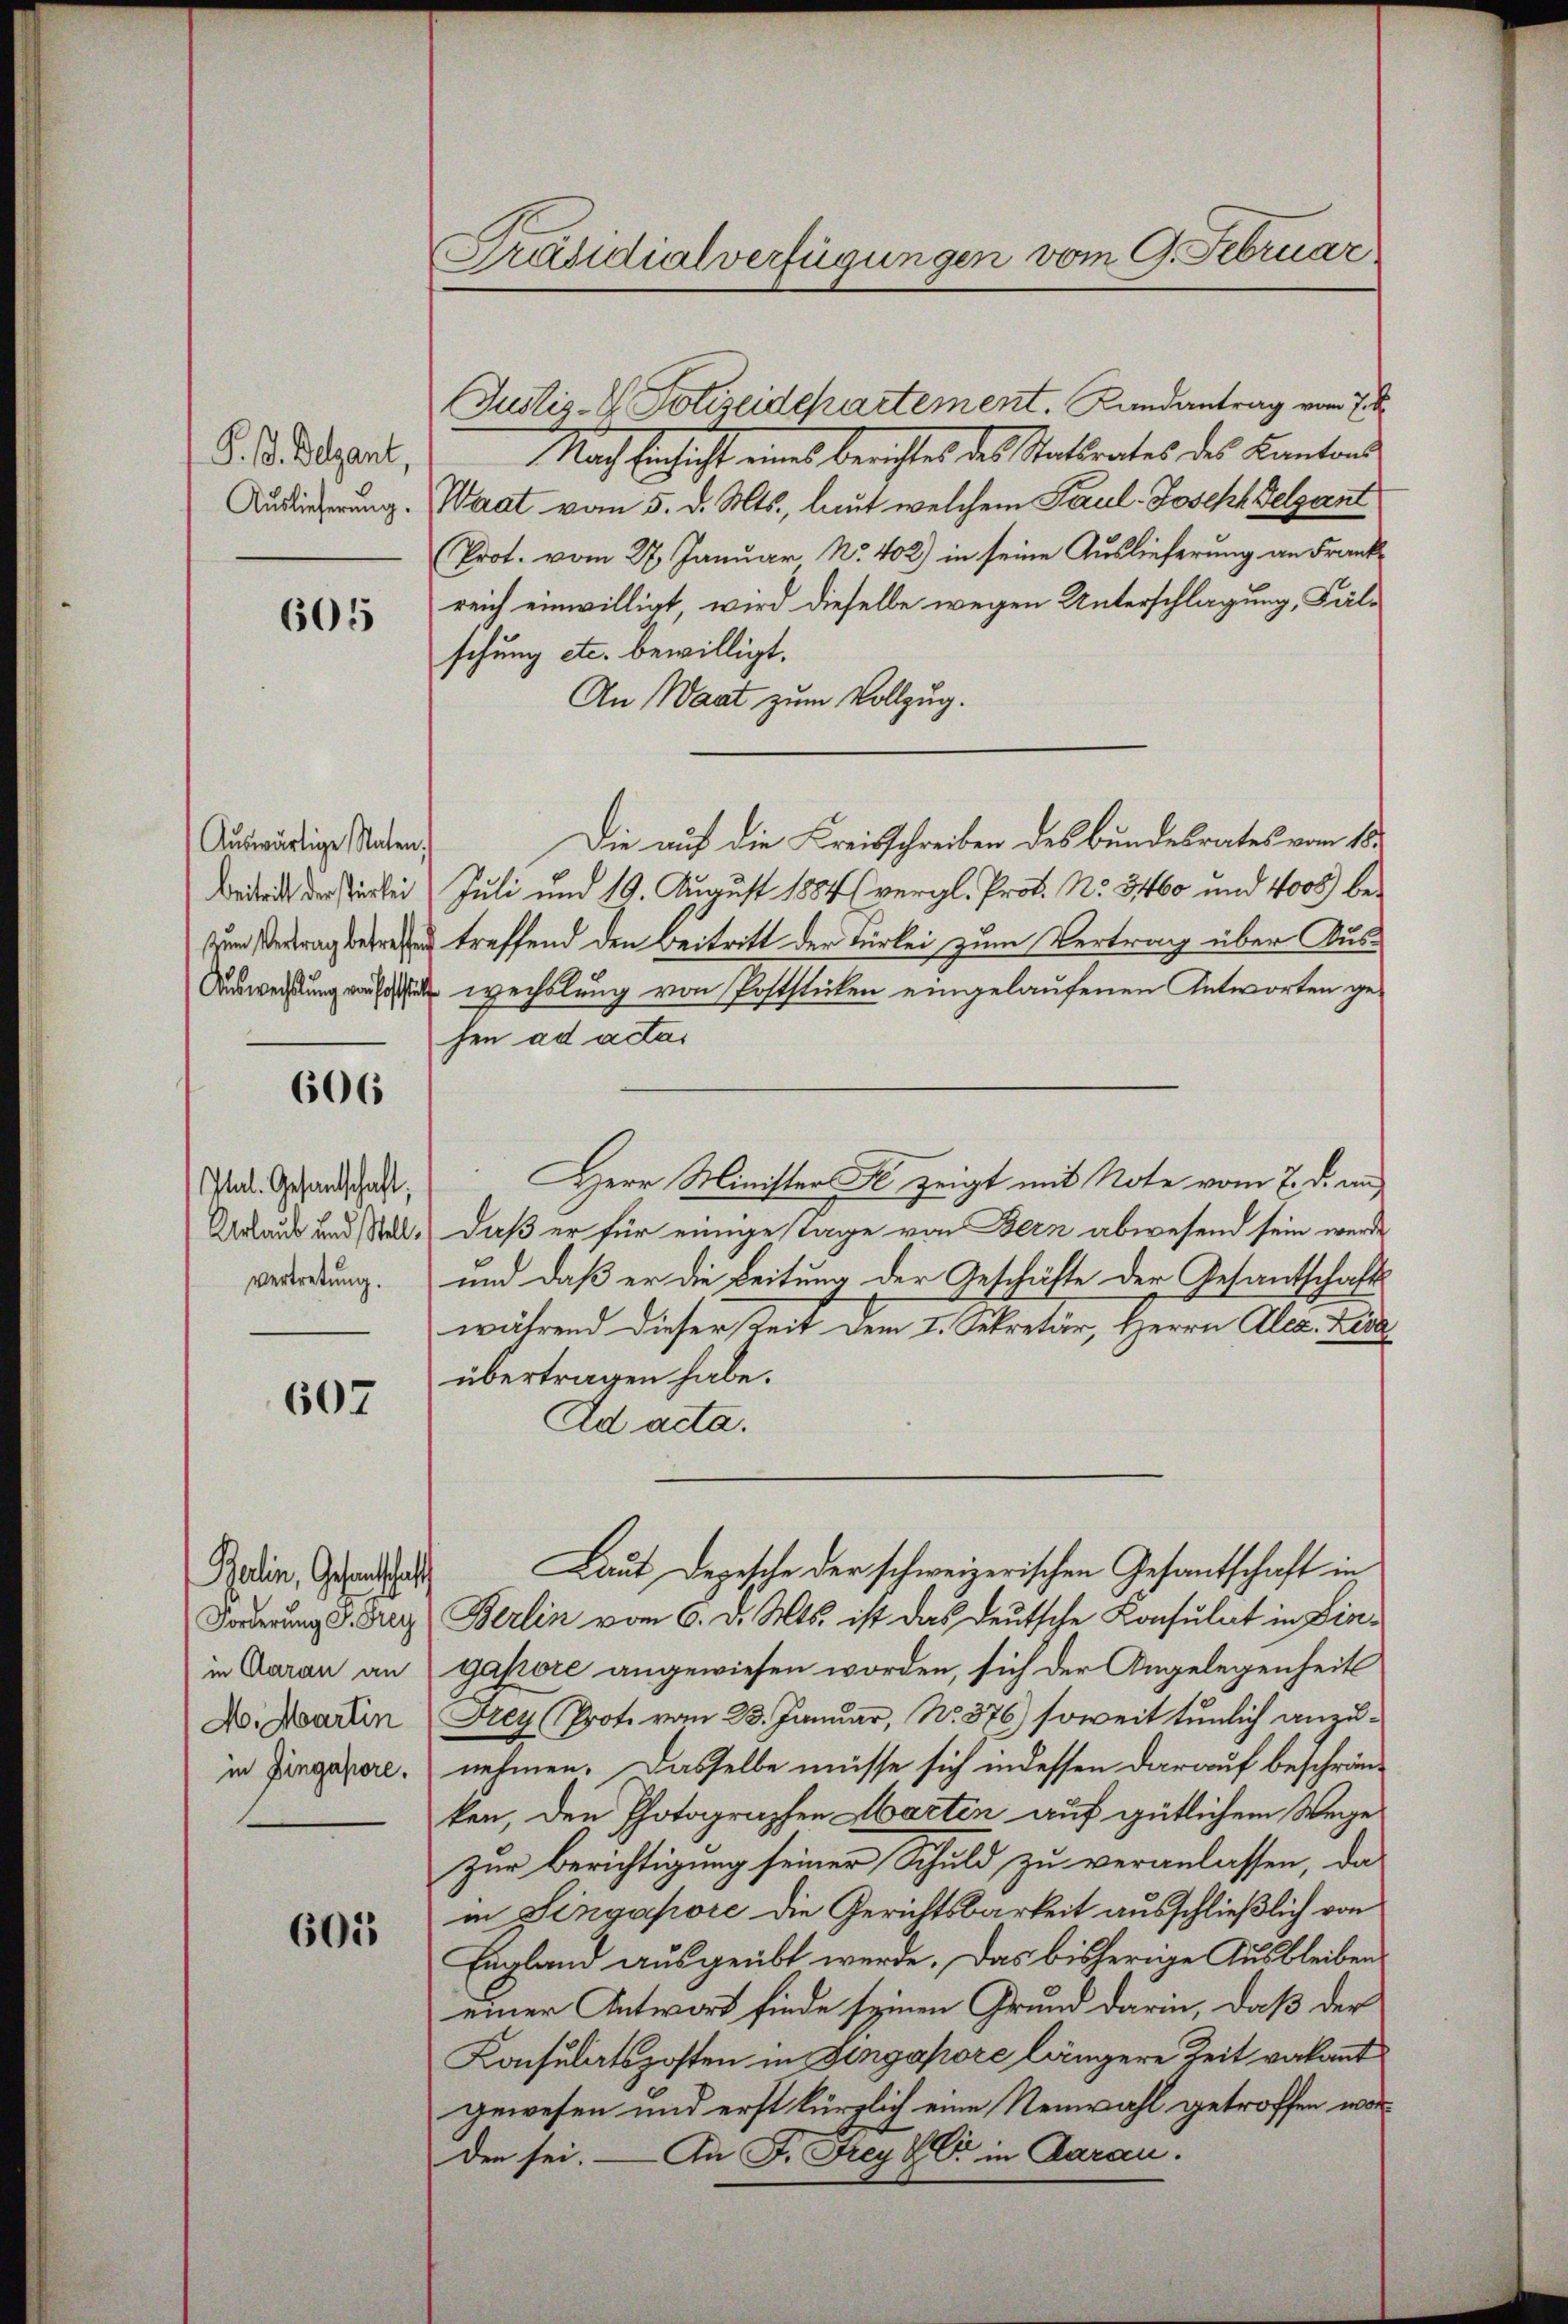
P. B. Begant,
Auslieferung.

605

Auswärtige Staten.
beitritt der stärkei
zum Vertrag betreffen
Auswechslung vor hoffte

606

Itl. Gesandschaft,
Urlaub und Stellvertretung.

607

Balin, Gesandtschaft
Forderung P. Frey
in Aarau an
A. Martin
in Zingapore.

605

Präsidialverfügungen vom 9. Februar.

Nach Einsicht eines berichtes des Antrates des Kantons
Waat vom 5. d. Mts., laut welchem Paul-Joseph Selzant
Prot. vom 27. Januar No. 402) in seine Auslieferung an Frankreich einwilligt, wird dieselbe wegen Unterschlagung, Fälschung etc. bewilligt.
An Waat zum Vollzug.
Die auf die Kreisschreiben des Bundesrates vom 18.
Juli und 19. August 1884 (vergl. Prof. No. 3460 und 4005) betreffend den Beitritt der Türlei zum Vertrag über Auswechslung von Poststicken eingelaufenen Antworten gefen ad actar
daß er für einige Tage von Bern abwesend sein werde
und daß er die Leitung der Geschäfte der Gesantschafts-
während dieser Zeit dem I. Sekretär, Herrn Alex. Zisa
übertragen habe.
Ad acta.
Laut Depesche der schweizerischen Gesantschaft in
Berlin vom 6. d. Mts. ist das Deutsche Konsulat in Lin¬
Gapore angewiesen worden, sich der Angelegenheit
Frey (Prote vom 23. Januar, No. 376) soweit tunlich anzunehmen. Dasselbe müsse sich in dessen darauf beschränken, den Photographen Marten auf gütlichem Wege
zur Berichtigung seiner Schuld zu veranlassen, das
in Singapore die Gerichtsbarkeit ausschließlich von
England ausgeübt werde. Das bisherige Ausbleiben
einer Antwort finde seinen Grund darin, daß der
Konsulatsposten in Angapore längere Zeit vakant
gewesen und erst kürzlich eine Neuwahl getroffen worden sei. — An F. Frey C in daran.

Justiz- & Polizeidepartement. Landantrag vom 7 t

Herr Minister Fe zeigt mit Note vom 7. d. an